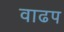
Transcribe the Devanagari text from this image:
वाढप